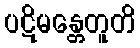
ပဋိမန္တေတူတိ